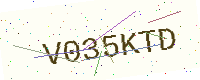
Text: V035KTD